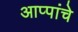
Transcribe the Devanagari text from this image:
आप्पांचे